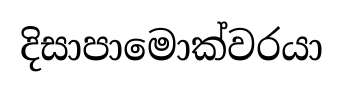
දිසාපාමොක්වරයා